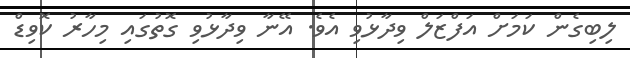
ލިބިގެން ކަމަށް އަފްޒަލް ވިދާޅުވި އެވެ. އޭނާ ވިދާޅުވި ގޮތުގައި މިހާރު ކޮވިޑް